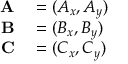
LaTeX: \begin{array} { r l } { \mathbf { A } } & { { } = ( A _ { x } , A _ { y } ) } \\ { \mathbf { B } } & { { } = ( B _ { x } , B _ { y } ) } \\ { \mathbf { C } } & { { } = ( C _ { x } , C _ { y } ) } \end{array}